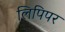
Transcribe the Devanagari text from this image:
लिपिपर